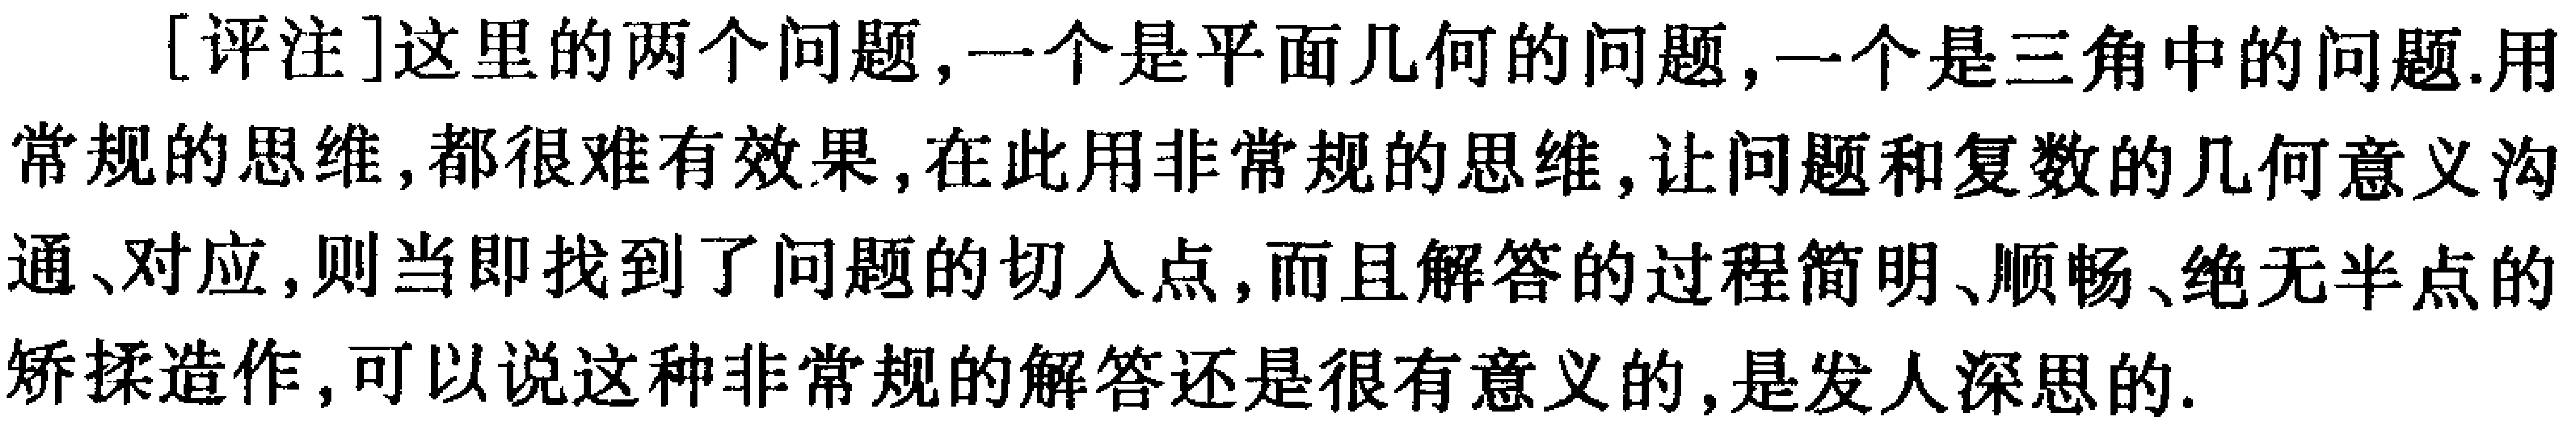
[评注]这里的两个问题,一个是平面几何的问题,一个是三角中的问题.用常规的思维,都很难有效果,在此用非常规的思维,让问题和复数的几何意义沟通、对应,则当即找到了问题的切入点,而且解答的过程简明、顺畅、绝无半点的矫揉造作,可以说这种非常规的解答还是很有意义的,是发人深思的.